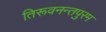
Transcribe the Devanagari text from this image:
तिरूवनन्तपुरम